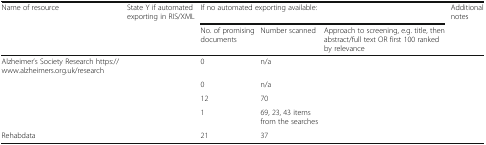
<table><thead><tr><td rowspan="2"><b>Name of resource</b></td><td rowspan="2"><b>State Y if automated exporting in RIS/XML</b></td><td colspan="3"><b>If no automated exporting available:</b></td><td><b>Additional notes</b></td></tr><tr><td><b>No. of promising documents</b></td><td><b>Number scanned</b></td><td><b>Approach to screening, e.g. title, then abstract/full text OR first 100 ranked by relevance</b></td><td>[EMPTY_CELL]</td></tr></thead><tbody><tr><td>Alzheimer’s Society Research https://www.alzheimers.org.uk/research</td><td>[EMPTY_CELL]</td><td>0</td><td>n/a</td><td>[EMPTY_CELL]</td><td>[EMPTY_CELL]</td></tr><tr><td>[EMPTY_CELL]</td><td>[EMPTY_CELL]</td><td>0</td><td>n/a</td><td>[EMPTY_CELL]</td><td>[EMPTY_CELL]</td></tr><tr><td>[EMPTY_CELL]</td><td>[EMPTY_CELL]</td><td>12</td><td>70</td><td>[EMPTY_CELL]</td><td>[EMPTY_CELL]</td></tr><tr><td>[EMPTY_CELL]</td><td>[EMPTY_CELL]</td><td>1</td><td>69, 23, 43 items from the searches</td><td>[EMPTY_CELL]</td><td>[EMPTY_CELL]</td></tr><tr><td>Rehabdata</td><td>[EMPTY_CELL]</td><td>21</td><td>37</td><td>[EMPTY_CELL]</td><td>[EMPTY_CELL]</td></tr></tbody></table>